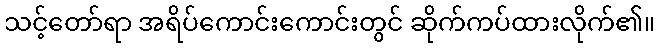
သင့်တော်ရာ အရိပ်ကောင်းကောင်းတွင် ဆိုက်ကပ်ထားလိုက်၏။